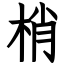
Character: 梢